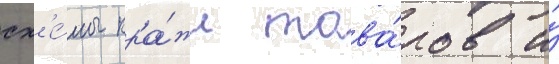
сх'е́мы кра́жи това́ров и́